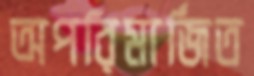
অপরিমার্জিত